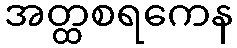
အတ္ထစရကေန